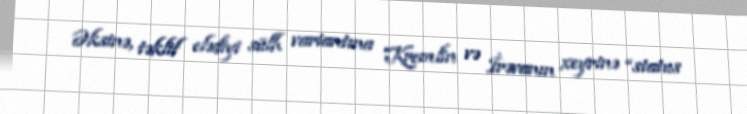
Əksinə, təklif elədiyi sülh variantına Kremlin və İrəvanın xeyrinə “status